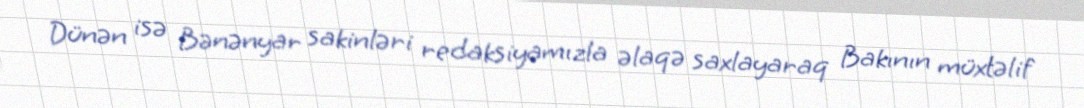
Dünən isə Bənənyar sakinləri redaksiyamızla əlaqə saxlayaraq Bakının müxtəlif